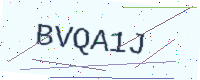
Text: BVQA1J